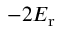
- 2 E _ { \mathrm { r } }